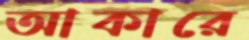
আকারে